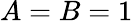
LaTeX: A=B=1